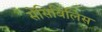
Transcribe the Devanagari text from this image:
सेंसिबिलिस